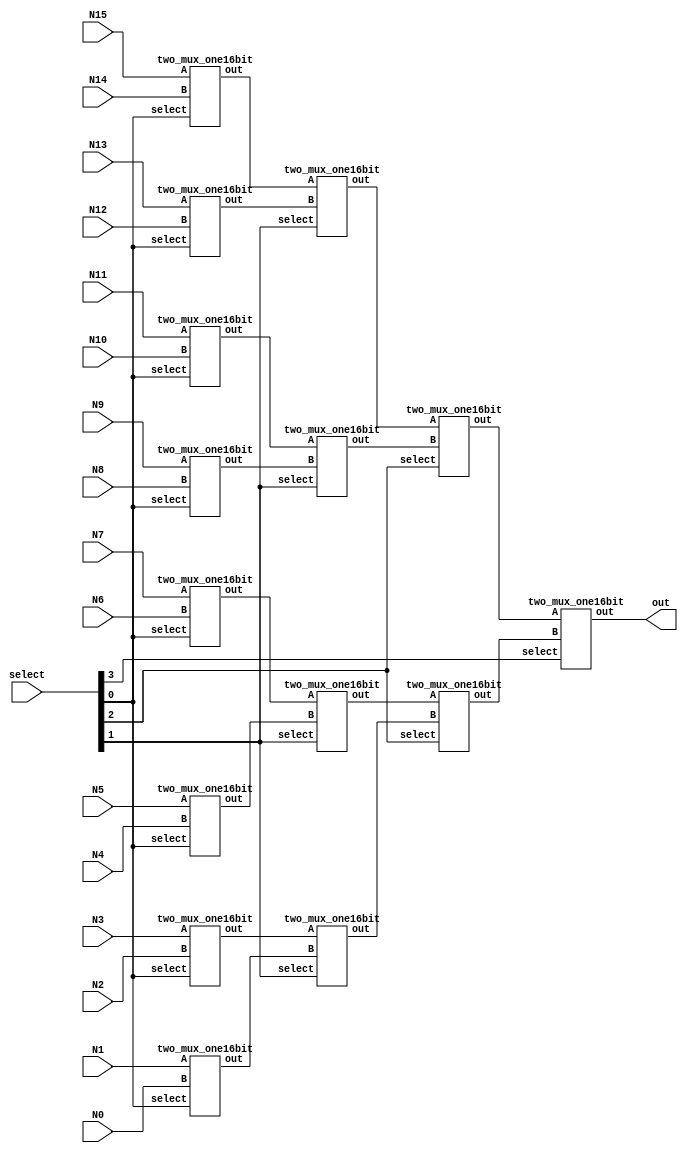
`timescale 1ns / 1ps
//////////////////////////////////////////////////////////////////////////////////
// Company: 
// Engineer: 
// 
// Design Name: 
// Module Name: mux16_1
// Project Name: 
// Target Devices: 
// Tool Versions: 
// Description: 
// 
// Dependencies: 
// 
// Revision:
// Revision 0.01 - File Created
// Additional Comments:
// 
//////////////////////////////////////////////////////////////////////////////////

module mux16_1(out,select,N0,N1,N2,N3,N4,N5,N6,N7,N8,N9,N10,N11,N12,N13,N14,N15);
input [15:0] N0,N1,N2,N3,N4,N5,N6,N7,N8,N9,N10,N11,N12,N13,N14,N15;
input [3:0] select;
output [15:0] out;
wire [15:0] outone_1,outone_2,outone_3,outone_4,outone_5,outone_6,outone_7,outone_8;
wire [15:0] outtwo_1,outtwo_2,outtwo_3,outtwo_4;
wire [15:0] outthree_1,outthree_2;

//select[0]
two_mux_one16bit one_1(outone_1,select[0],N15,N14);
two_mux_one16bit one_2(outone_2,select[0],N13,N12);
two_mux_one16bit one_3(outone_3,select[0],N11,N10);
two_mux_one16bit one_4(outone_4,select[0],N9,N8);
two_mux_one16bit one_5(outone_5,select[0],N7,N6);
two_mux_one16bit one_6(outone_6,select[0],N5,N4);
two_mux_one16bit one_7(outone_7,select[0],N3,N2);
two_mux_one16bit one_8(outone_8,select[0],N1,N0);



//select[1]
two_mux_one16bit two_1(outtwo_1,select[1],outone_1,outone_2);
two_mux_one16bit two_2(outtwo_2,select[1],outone_3,outone_4);
two_mux_one16bit two_3(outtwo_3,select[1],outone_5,outone_6);
two_mux_one16bit two_4(outtwo_4,select[1],outone_7,outone_8);

//select[2]
two_mux_one16bit three_1(outthree_1,select[2],outtwo_1,outtwo_2);
two_mux_one16bit three_2(outthree_2,select[2],outtwo_3,outtwo_4);

//select[3]
two_mux_one16bit four_1(out,select[3],outthree_1,outthree_2);
endmodule
 

module two_mux_one16bit(out,select,A,B);                    
input [15:0] A,B;
input select;
output [15:0] out;
//select=1 choose A,else if select=0 choose B
wire [15:0] A_done,B_done;
wire sn;

not(sn,select);
//compute the A_done
and(A_done[15],A[15],select);
and(A_done[14],A[14],select);
and(A_done[13],A[13],select);
and(A_done[12],A[12],select);
and(A_done[11],A[11],select);
and(A_done[10],A[10],select);
and(A_done[9],A[9],select);
and(A_done[8],A[8],select);
and(A_done[7],A[7],select);
and(A_done[6],A[6],select);
and(A_done[5],A[5],select);
and(A_done[4],A[4],select);
and(A_done[3],A[3],select);
and(A_done[2],A[2],select);
and(A_done[1],A[1],select);
and(A_done[0],A[0],select);

//compute the B_done
and(B_done[15],B[15],sn);
and(B_done[14],B[14],sn);
and(B_done[13],B[13],sn);
and(B_done[12],B[12],sn);
and(B_done[11],B[11],sn);
and(B_done[10],B[10],sn);
and(B_done[9],B[9],sn);
and(B_done[8],B[8],sn);
and(B_done[7],B[7],sn);
and(B_done[6],B[6],sn);
and(B_done[5],B[5],sn);
and(B_done[4],B[4],sn);
and(B_done[3],B[3],sn);
and(B_done[2],B[2],sn);
and(B_done[1],B[1],sn);
and(B_done[0],B[0],sn);

//compute the out
or(out[15],B_done[15],A_done[15]);
or(out[14],B_done[14],A_done[14]);
or(out[13],B_done[13],A_done[13]);
or(out[12],B_done[12],A_done[12]);
or(out[11],B_done[11],A_done[11]);
or(out[10],B_done[10],A_done[10]);
or(out[9],B_done[9],A_done[9]);
or(out[8],B_done[8],A_done[8]);
or(out[7],B_done[7],A_done[7]);
or(out[6],B_done[6],A_done[6]);
or(out[5],B_done[5],A_done[5]);
or(out[4],B_done[4],A_done[4]);
or(out[3],B_done[3],A_done[3]);
or(out[2],B_done[2],A_done[2]);
or(out[1],B_done[1],A_done[1]);
or(out[0],B_done[0],A_done[0]);


endmodule